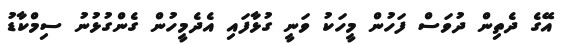
އޭގެ ދެތިން ދުވަސް ފަހުން މީހަކު ވަނީ ގުޅާފައި އެދެމީހުން ގެންގުޅުނު ސިމްކާޑު